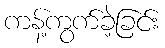
ကန့်ကွက်ခဲ့ခြင်း